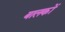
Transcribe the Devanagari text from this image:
बालकोंं